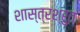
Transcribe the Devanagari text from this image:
शास्त्रश्रुत